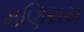
મણિરાય